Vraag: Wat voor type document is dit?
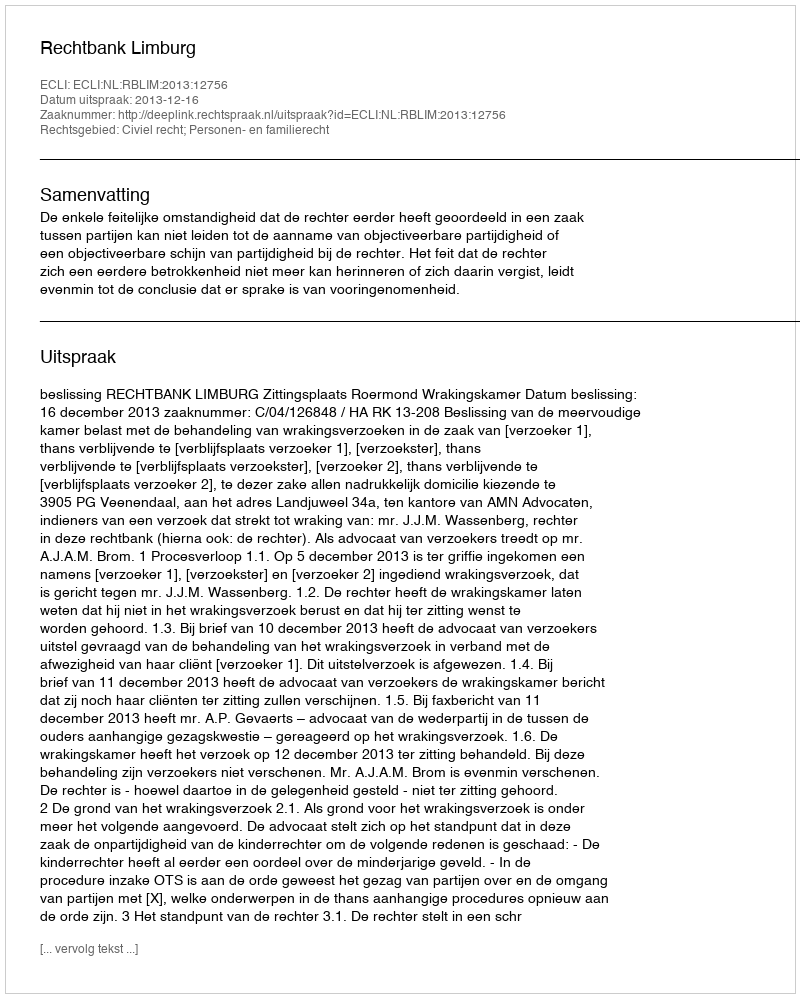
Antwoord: Uitspraak